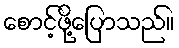
စောင့်ဖို့ပြောသည်။